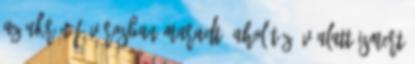
az ukrán fővárosban maradt, ahol tíz év alatt ismert